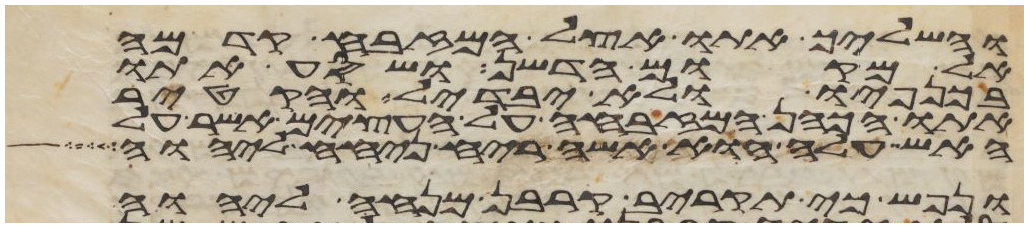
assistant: והשליך אתו אצל המזבח קדמה
אל מקום הדשן ושסע אתו
בכנפיו ולא יבדל והקטיר
אתו הכהן המזבחה על העצים אשר על
האש עלה הוא אשה ריח ניחח ליהוה
ונפש כי תקריב קרבן מנחה ליהוה